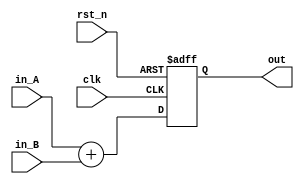
module SA(clk,rst_n,in_A,in_B,out);
input clk,rst_n;
input signed [8:0] in_A,in_B;
output signed [8:0] out;
reg signed [8:0] temp;

//out
assign out = temp;

always @(posedge clk or negedge rst_n) begin
	if(~rst_n) begin
		temp <= 'd0;
	end 
	else begin
		temp <= in_A + in_B;
	end
end

endmodule